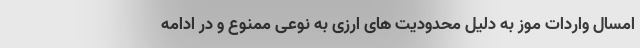
امسال واردات موز به دلیل محدودیت های ارزی به نوعی ممنوع و در ادامه